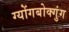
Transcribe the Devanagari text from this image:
ग्योंगबोक्गुंग